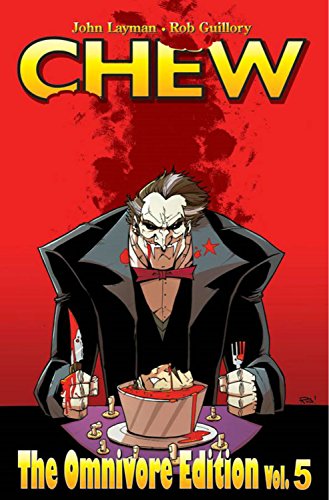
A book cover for Chew Omnivore Edition Volume 5; John Layman; Comics & Graphic Novels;